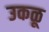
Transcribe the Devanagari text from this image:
उकळू